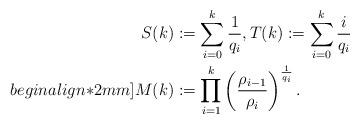
LaTeX: \begin{align*}S(k)&:=\sum_{i=0}^k\frac{1}{q_i},T(k):=\sum_{i=0}^k\frac{i}{q_{i}} \\begin{align*}2mm]M(k)&:=\prod_{i=1}^k \left(\frac{\rho_{i-1}}{\rho_i}\right)^{\frac{1}{q_i}}.\end{align*}